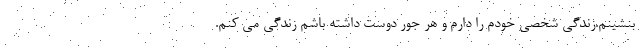
بنشینم.زندگی شخصی خودم را دارم و هر جور دوست داشته باشم زندگی می کنم.